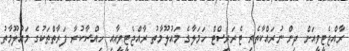
ރާއްޖެޓީވީއަށް ދިން ނުރައްކާތެރި ޓެރަރިސްޓް ހަމަލާގެ މައުލޫމާތު ރާއްޖެޓީވީއާއި ހިއްސާކުރާ ފަރާތްތަކުގެ މައުލޫމާތު